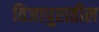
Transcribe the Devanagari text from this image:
विजापुरातील